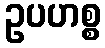
ဥပဟစ္စ